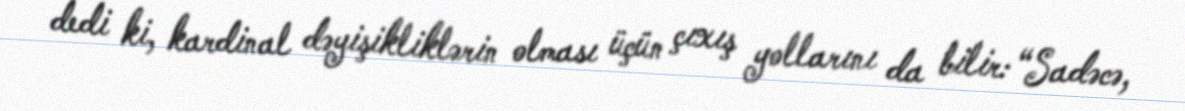
dedi ki, kardinal dəyişikliklərin olması üçün çıxış yollarını da bilir: “Sadəcə,